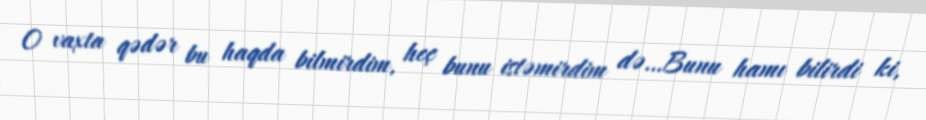
O vaxta qədər bu haqda bilmirdim, heç bunu istəmirdim də…Bunu hamı bilirdi ki,